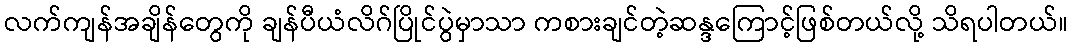
လက်ကျန်အချိန်တွေကို ချန်ပီယံလိဂ်ပြိုင်ပွဲမှာသာ ကစားချင်တဲ့ဆန္ဒကြောင့်ဖြစ်တယ်လို့ သိရပါတယ်။